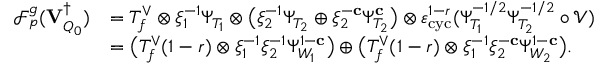
\begin{array} { r l } { \mathscr { F } _ { p } ^ { \boldsymbol { g } } ( { \mathbf { V } _ { Q _ { 0 } } ^ { \dagger } } ) } & { = T _ { f } ^ { \vee } \otimes \xi _ { 1 } ^ { - 1 } \Psi _ { T _ { 1 } } \otimes \bigl ( \xi _ { 2 } ^ { - 1 } \Psi _ { T _ { 2 } } \oplus \xi _ { 2 } ^ { - \mathbf { c } } \Psi _ { T _ { 2 } } ^ { \mathbf { c } } \bigr ) \otimes \varepsilon _ { \mathrm { c y c } } ^ { 1 - r } ( \Psi _ { T _ { 1 } } ^ { - 1 / 2 } \Psi _ { T _ { 2 } } ^ { - 1 / 2 } \circ \mathscr { V } ) } \\ & { = \bigl ( T _ { f } ^ { \vee } ( 1 - r ) \otimes \xi _ { 1 } ^ { - 1 } \xi _ { 2 } ^ { - 1 } \Psi _ { W _ { 1 } } ^ { 1 - \mathbf { c } } \bigr ) \oplus \bigl ( T _ { f } ^ { \vee } ( 1 - r ) \otimes \xi _ { 1 } ^ { - 1 } \xi _ { 2 } ^ { - \mathbf { c } } \Psi _ { W _ { 2 } } ^ { 1 - \mathbf { c } } \bigr ) . } \end{array}